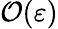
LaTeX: {\cal{O}}(\varepsilon)